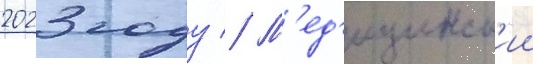
2023 году // М'ед'ицинск'ии